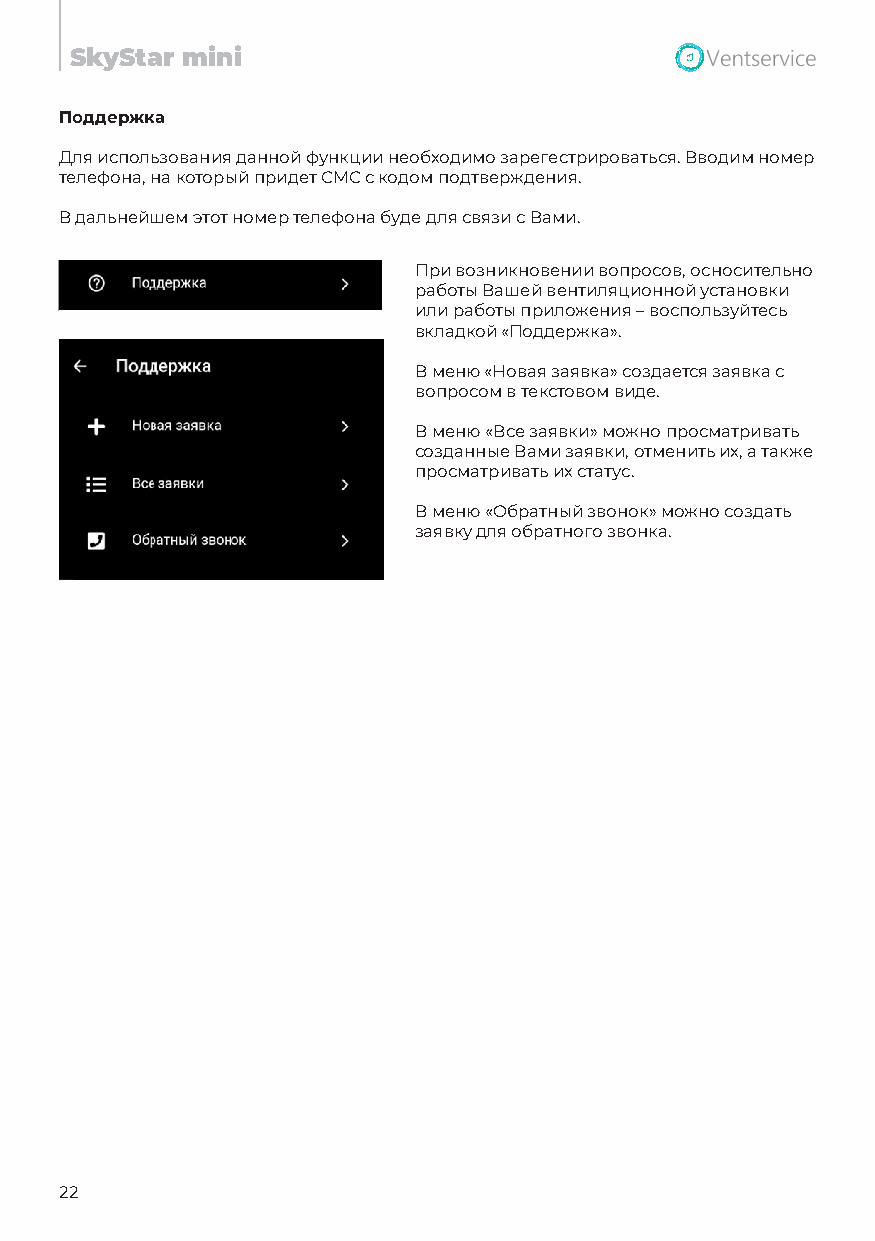
SkyStar mini
 Поддержка
 Для использования данной функции необходимо зарегестрироваться. Вводим номер
 телефона, на который придет СМС с кодом подтверждения.
 В дальнейшем этот номер телефона буде для связи с Вами.
 При возникновении вопросов, осносительно
 работы Вашей вентиляционной установки
 или работы приложения – воспользуйтесь
 вкладкой «Поддержка».
 В меню «Новая заявка» создается заявка с
 вопросом в текстовом виде.
 В меню «Все заявки» можно просматривать
 созданные Вами заявки, отменить их, а также
 просматривать их статус.
 В меню «Обратный звонок» можно создать
 заявку для обратного звонка.
 22